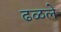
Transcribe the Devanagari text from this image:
ढळले